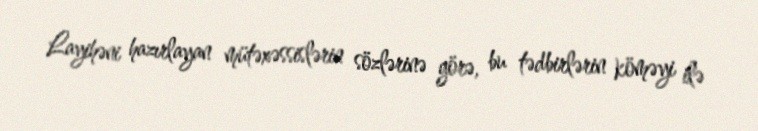
Layihəni hazırlayan mütəxəssislərin sözlərinə görə, bu tədbirlərin köməyi ilə